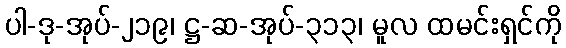
ပါ-ဒု-အုပ်-၂၁၉၊ ဋ္ဌ-ဆ-အုပ်-၃၁၃၊ မူလ ထမင်းရှင်ကို